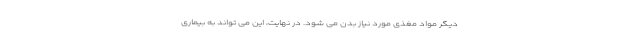
دیگر مواد مغذی مورد نیاز بدن می شود. در نهایت، این می تواند به بیماری